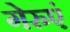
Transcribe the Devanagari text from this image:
गेरुएं